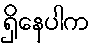
ရှိနေပါက